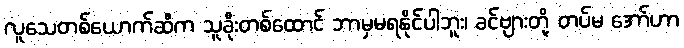
လူသေတစ်ယောက်ဆီက သူခိုးတစ်ထောင် ဘာမှမရနိုင်ပါဘူး၊ ခင်ဗျားတို့ တပ်မ အော်ဟာ